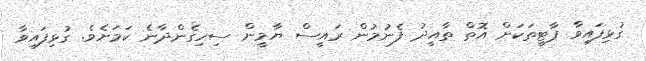
ގުޅިފައިވާ ޕާޓީތަކަށް އޮތް ތާއީދު ފެނުމުން ރައީސް ޔާމީން ސިހިގެންދާނެ ކަމަށެވެ. ގުޅިފައިވާ